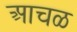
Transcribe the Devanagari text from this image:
आचळ